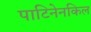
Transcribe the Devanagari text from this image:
पाटिनेनकिल